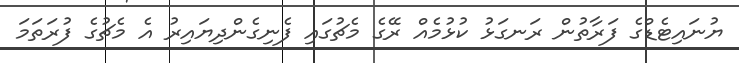
ޔުނައިޓެޑްގެ ފަރާތުން ރަނގަޅު ކުޅުމެއް ރޭގެ މެޗުގައި ފެނިގެންދިޔައިރު އެ މެޗުގެ ފުރަތަމަ